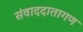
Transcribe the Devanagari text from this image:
संवाददातागण